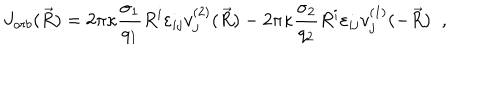
LaTeX: J _ { o r b } ( \vec { R } ) = 2 \pi \kappa \frac { \sigma _ { 1 } } { q _ { 1 } } R ^ { i } \varepsilon _ { i j } v _ { j } ^ { ( 2 ) } ( \vec { R } ) - 2 \pi \kappa \frac { \sigma _ { 2 } } { q _ { 2 } } R ^ { i } \varepsilon _ { i j } v _ { j } ^ { ( 1 ) } ( - \vec { R } ) \; \; ,